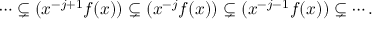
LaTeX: \cdots \subsetneq ( x ^ { - j + 1 } f ( x ) ) \subsetneq ( x ^ { - j } f ( x ) ) \subsetneq ( x ^ { - j - 1 } f ( x ) ) \subsetneq \cdots .